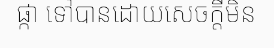
ផ្កា ទៅបានដោយសេចក្តីមិន